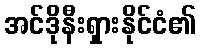
အင်ဒိုနီးရှားနိုင်ငံ၏